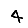
Digit: 4